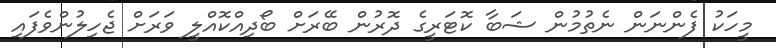
މީހަކު ފެންނަން ނެތުމުން ޝަބާ ކޮޓަރީގެ ދޮރުން ބޭރަށް ބޯދިއްކޮއްލީ ވަރަށް ޖެހިލުންވެފައި